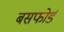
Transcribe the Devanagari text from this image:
बसफोर्ड